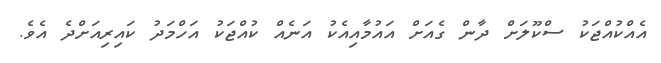
އެއްކުއްޖަކު ސްކޫލަށް ދާން ގެއަށް އައުމާއިއެކު އަނެއް ކުއްޖަކު އަހްމަދު ކައިރިއަށްދެ އެވެ.